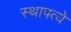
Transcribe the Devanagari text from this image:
स्थापत्ये